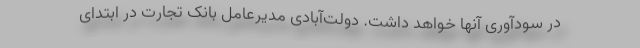
در سودآوری آنها خواهد داشت. دولت‌آبادی مدیرعامل بانک تجارت در ابتدای